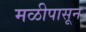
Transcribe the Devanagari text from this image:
मळीपासून